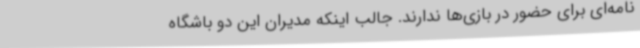
نامه‌ای برای حضور در بازی‌ها ندارند. جالب اینکه مدیران این دو باشگاه